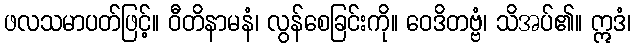
ဖလသမာပတ်ဖြင့်။ ဝီတိနာမနံ၊ လွန်စေခြင်းကို။ ဝေဒိတဗ္ဗံ၊ သိအပ်၏။ ဣဒံ၊